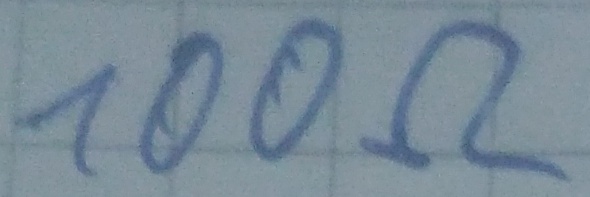
Text: 100Ω